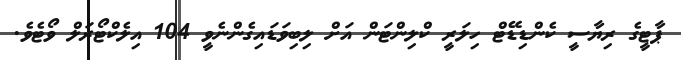
ޕާޓީގެ ރިޔާސީ ކެންޑިޑޭޓް ހިލަރީ ކްލިންޓަން އަށް ލިބިވަޑައިގެންނެވީ 104 އިލެކްޓޯރަލް ވޯޓެވެ.